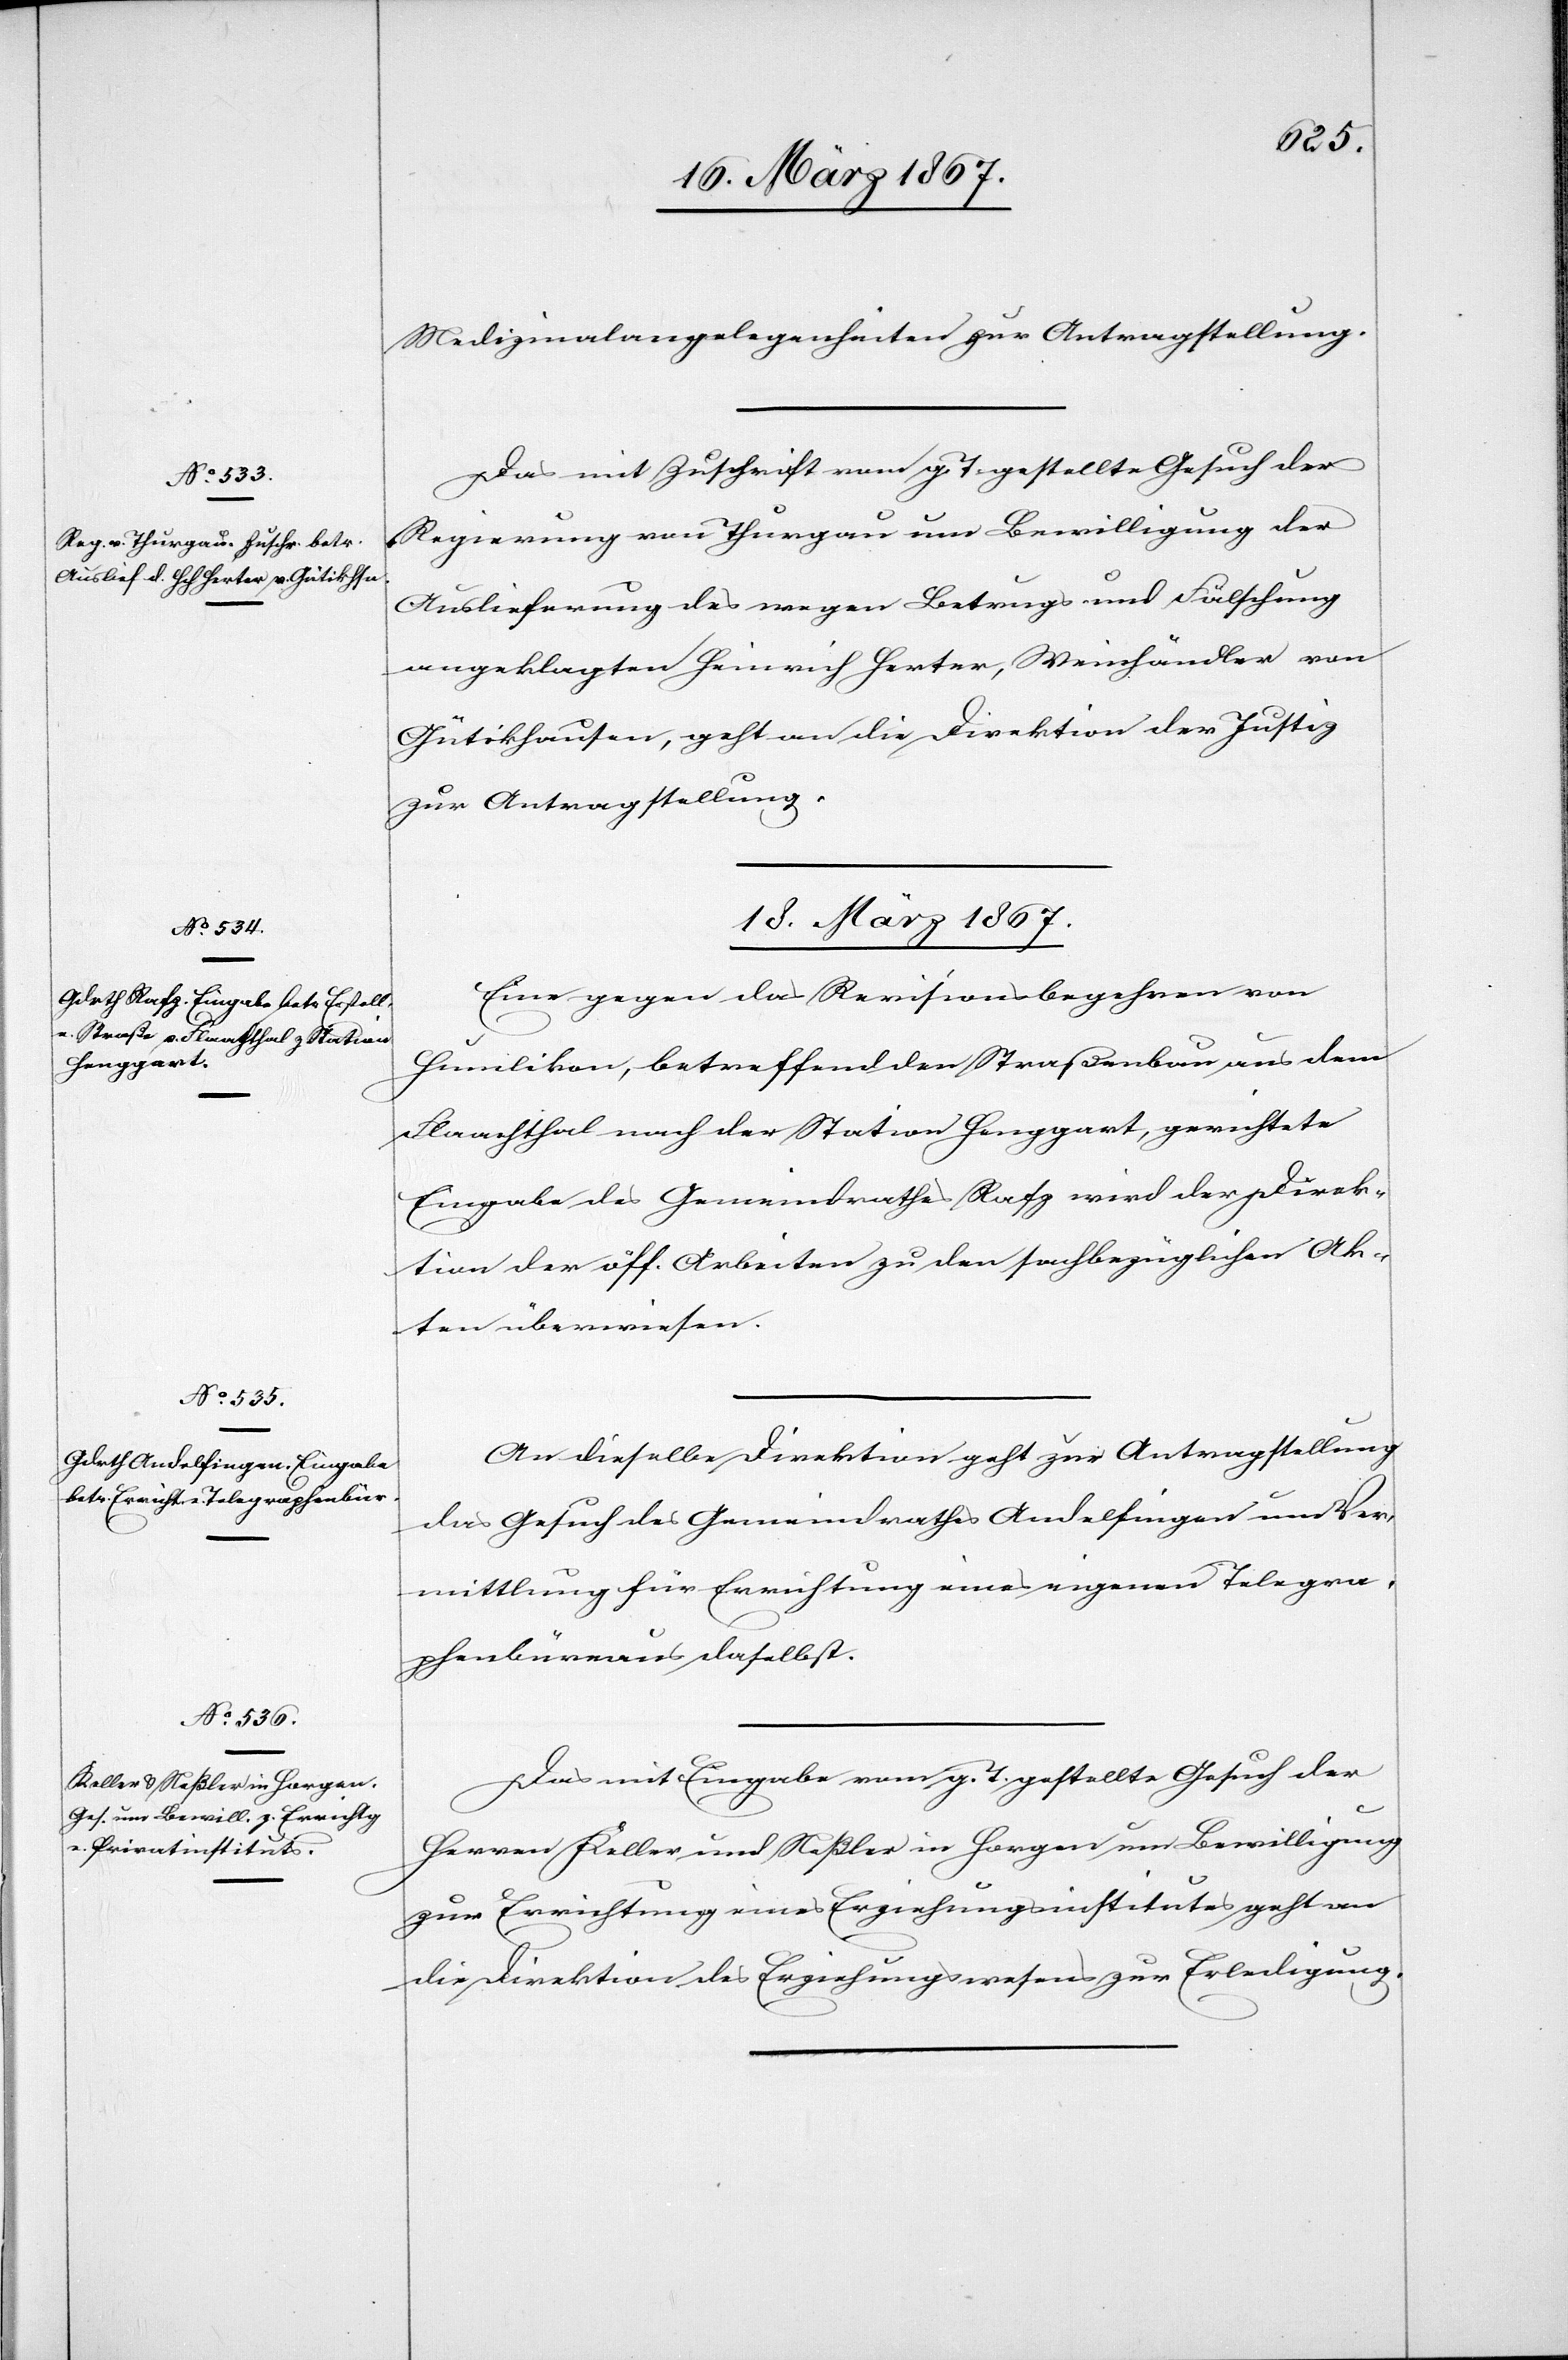
18. März 1867.]
Medizinalangelegenheiten zur Antragstellung.
Das mit Zuschrift vom g. T. gestellte Gesuch der
Regierung von Thurgau um Bewilligung der
Auslieferung des wegen Betrugs und Fälschung
angeklagten Heinrich Herter, Weinhändler von
Gütikhausen, geht an die Direktion der Justiz
zur Antragstellung.
18. März 1867.
Eine gegen das Revisionsbegehren von
Humlikon, betreffend den Straßenbau aus dem
Flaachthal nach der Station Henggart gerichtete
Eingabe des Gemeindrathes Rafz wird der Direk¬
tion der öff. Arbeiten zu den sachbezüglichen Ak¬
ten überwiesen.
An dieselbe Direktion geht zur Antragstellung
das Gesuch des Gemeindrathes Andelfingen um Ver¬
mittlung für Errichtung eines eigenen Telegra¬
phenbüreaus daselbst.
Das mit Eingabe vom g. T. gestellte Gesuch der
Herren Keller und Meßler in Horgen um Bewilligung
zur Errichtung eines Erziehungsinstitutes geht an
die Direktion des Erziehungswesens zur Erledigung.